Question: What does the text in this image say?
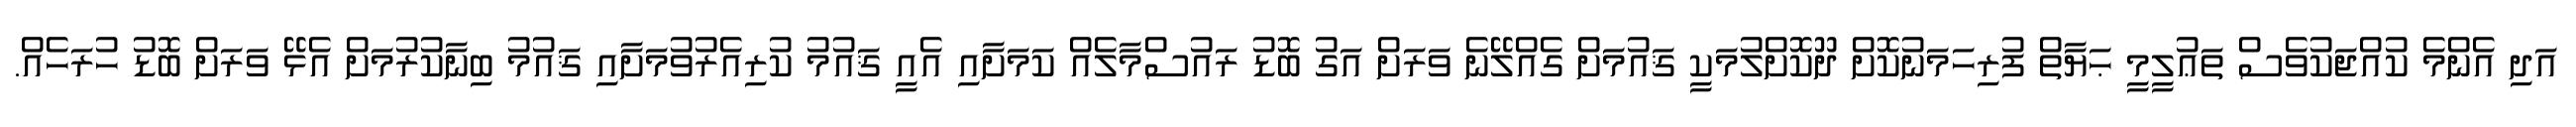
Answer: އަދި އެންމެ ކުއްޖަކުވެސް ތަޢުލީމީ ޙަޔާތް ފުރިހަމަނުކޮށް ދޫކޮށްލުމަކީ ޤައުމަށް ގެއްލޭނެ ވަރަށް އަގު ބޮޑު ރައުސްމާލެއް ކަމަށާއި އެއީ ޤައުމު ކުރިއެރުވުމަށާއި ޤައުމު ބިނާކުރުމަށް އެޅޭ ވަރަށް ބޮޑު ހުރަހެއް.